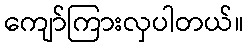
ကျော်ကြားလှပါတယ်။